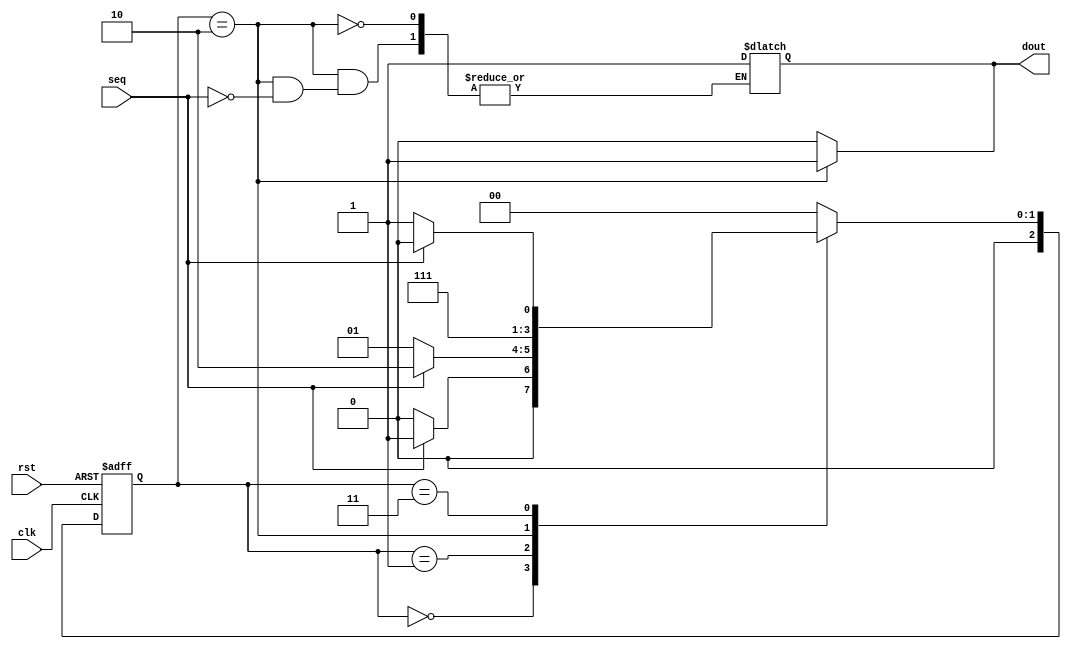
`timescale 1ns / 1ps
//////////////////////////////////////////////////////////////////////////////////
// Company: 
// Engineer: 
// 
// Design Name: 
// Module Name:    FSM4 
// Project Name: 
// Target Devices: 
// Tool versions: 
// Description: 
//
// Dependencies: 
//
// Revision: 
// Revision 0.01 - File Created
// Additional Comments: 
//
//////////////////////////////////////////////////////////////////////////////////

//20L118 HARIHARAN R R
module FSM4(seq,clk,rst,dout);
input clk,rst,seq;
output reg dout;
parameter s0=2'b00;
parameter s1=2'b01;
parameter s2=2'b10;
parameter s3=2'b11;
reg[2:0]current,next;
always @(posedge clk,posedge rst)
begin
if(rst)
current=1'b0;
else
current=next;
end
always @(current,seq)
begin
case(current)
s0:begin
if(seq)
next=s1;
else
next=s0;
end
s1:begin
if(seq)
next=s2;
else
next=s1;
end
s2:begin
if(seq)
dout=1'b1;
next=s3;
end
s3:begin
if(seq)
next=s2;
else
next=s3;
end
default:next=s0;
endcase
end
always @(current)
begin 
 case(current) 
 s0:   dout = 0;
 s1:   dout = 0;
 s2:  dout = 1;
 s3:   dout = 0;
 default:  dout = 0;
 endcase
end 
endmodule